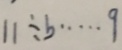
1 1 \div b \cdots 9